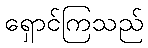
ရှောင်ကြသည်